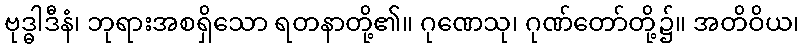
ဗုဒ္ဓါဒီနံ၊ ဘုရားအစရှိသော ရတနာတို့၏။ ဂုဏေသု၊ ဂုဏ်တော်တို့၌။ အတိဝိယ၊